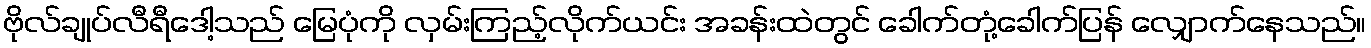
ဗိုလ်ချုပ်လီရီဒေါ့သည် မြေပုံကို လှမ်းကြည့်လိုက်ယင်း အခန်းထဲတွင် ခေါက်တုံ့ခေါက်ပြန် လျှောက်နေသည်။